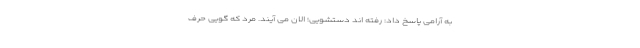
به آرامی پاسخ داد: رفته اند دستشویی؛ الان می آیند. مرد که گویی حرف